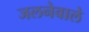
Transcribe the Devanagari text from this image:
जलनेवाले